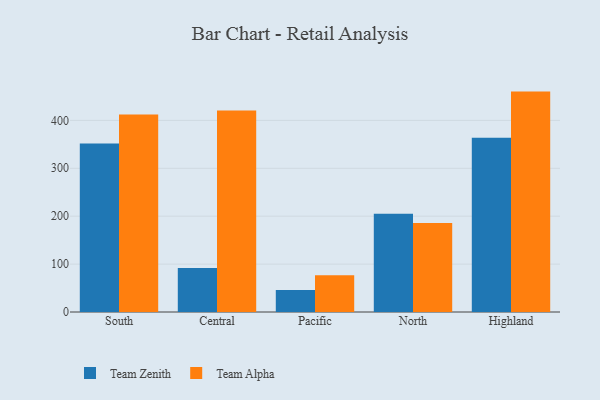
{"axis": {"x": "Region", "y": "Inventory Turnover"}, "legend": ["Team Alpha", "Team Zenith"], "data": [{"x": "South", "y": 351.9, "type": "Team Zenith"}, {"x": "South", "y": 412.2, "type": "Team Alpha"}, {"x": "Central", "y": 92.1, "type": "Team Zenith"}, {"x": "Central", "y": 420.5, "type": "Team Alpha"}, {"x": "Pacific", "y": 45.9, "type": "Team Zenith"}, {"x": "Pacific", "y": 76.5, "type": "Team Alpha"}, {"x": "North", "y": 205.2, "type": "Team Zenith"}, {"x": "North", "y": 185.7, "type": "Team Alpha"}, {"x": "Highland", "y": 363.6, "type": "Team Zenith"}, {"x": "Highland", "y": 460.1, "type": "Team Alpha"}]}